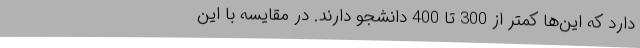
دارد که این‌ها کمتر از 300 تا 400 دانشجو دارند. در مقایسه با این